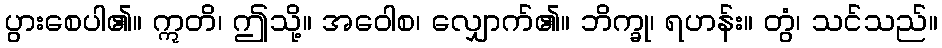
ပွားစေပါ၏။ ဣတိ၊ ဤသို့။ အဝေါစ၊ လျှောက်၏။ ဘိက္ခု၊ ရဟန်း။ တွံ၊ သင်သည်။